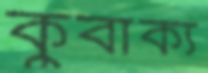
কুবাক্য